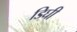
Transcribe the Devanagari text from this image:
डिघी